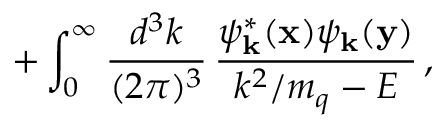
+ \int _ { 0 } ^ { \infty } { \frac { d ^ { 3 } k } { ( 2 \pi ) ^ { 3 } } } \, { \frac { \psi _ { \bf k } ^ { * } ( { \bf x } ) \psi _ { \bf k } ( { \bf y } ) } { k ^ { 2 } / m _ { q } - E } } \, ,